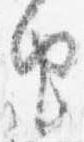
由